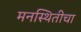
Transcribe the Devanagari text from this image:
मनस्थितीचा